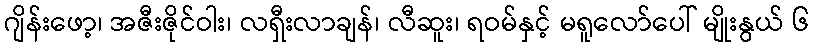
ဂျိန်းဖော့၊ အဇီးဇိုင်ဝါး၊ လရှီးလာချန်၊ လီဆူး၊ ရဝမ်နှင့် မရူလော်ပေါ် မျိုးနွယ် ၆